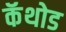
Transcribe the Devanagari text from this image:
कॅथोड